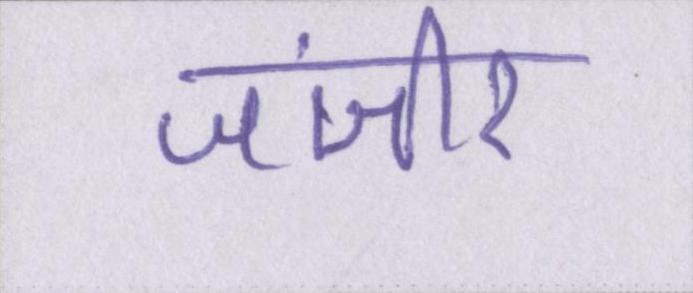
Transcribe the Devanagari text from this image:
जंजीर